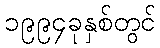
၁၉၉၄ခုနှစ်တွင်